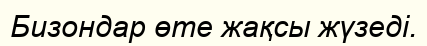
Бизондар өте жақсы жүзеді.